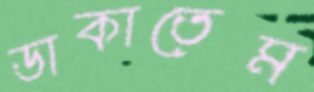
ডাকাতেম